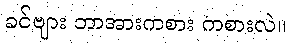
ခင်ဗျား ဘာအားကစား ကစားလဲ။